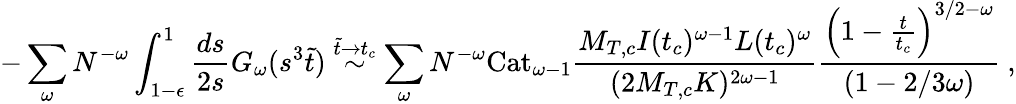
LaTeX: -\sum_{\omega}N^{-\omega}\int_{1-\epsilon}^{1}\frac{ds}{2s}G_{\omega}(s^{3}\tilde{t})\stackrel{\tilde{t}\rightarrow t_{c}}{\sim}\sum_{\omega}N^{-\omega}\mathrm{Cat}_{\omega-1}\frac{M_{T,c}I(t_{c})^{\omega-1}L(t_{c})^{\omega}}{(2M_{T,c}K)^{2\omega-1}}\frac{\left(1-\frac{t}{t_{c}}\right)^{3/2-\omega}}{(1-2/3\omega)}\mathrm{~,}